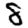
Digit: 8